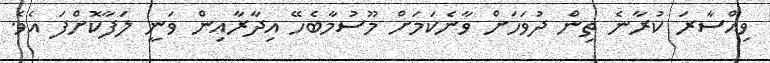
ވިއްސާރަ ކުރާނެ ތިން ދުވަހަށް ވާނެކަމަށް މޫސުމާބެހޭ އިދާރާއިން ވަނީ ލަފާކޮށްފަ އެވެ.